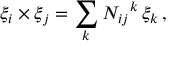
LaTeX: \xi _ { i } \times \xi _ { j } = \sum _ { k } N _ { i j } { } ^ { k } \, \xi _ { k } \, ,